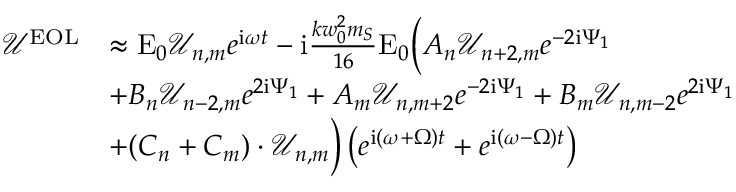
\begin{array} { r l } { \mathcal { U } ^ { \mathrm { E O L } } } & { \approx \mathrm { E } _ { 0 } \mathcal { U } _ { n , m } e ^ { \mathrm { i } \omega t } - \mathrm { i } \frac { k w _ { 0 } ^ { 2 } m _ { S } } { 1 6 } \mathrm { E } _ { 0 } \bigg ( A _ { n } \mathcal { U } _ { n + 2 , m } e ^ { - 2 \mathrm { i } \Psi _ { 1 } } } \\ & { + B _ { n } \mathcal { U } _ { n - 2 , m } e ^ { 2 \mathrm { i } \Psi _ { 1 } } + A _ { m } \mathcal { U } _ { n , m + 2 } e ^ { - 2 \mathrm { i } \Psi _ { 1 } } + B _ { m } \mathcal { U } _ { n , m - 2 } e ^ { 2 \mathrm { i } \Psi _ { 1 } } } \\ & { + ( C _ { n } + C _ { m } ) \cdot \mathcal { U } _ { n , m } \bigg ) \left( e ^ { \mathrm { i } ( \omega + \Omega ) t } + e ^ { \mathrm { i } ( \omega - \Omega ) t } \right) } \end{array}